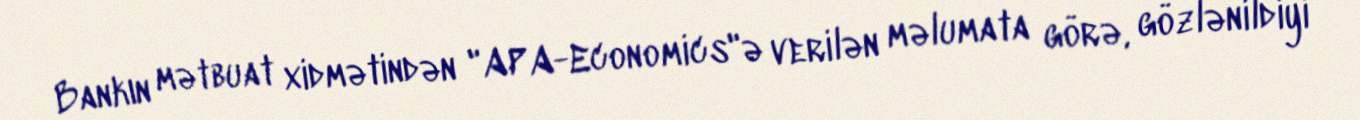
Bankın mətbuat xidmətindən "APA-Economics"ə verilən məlumata görə, gözlənildiyi